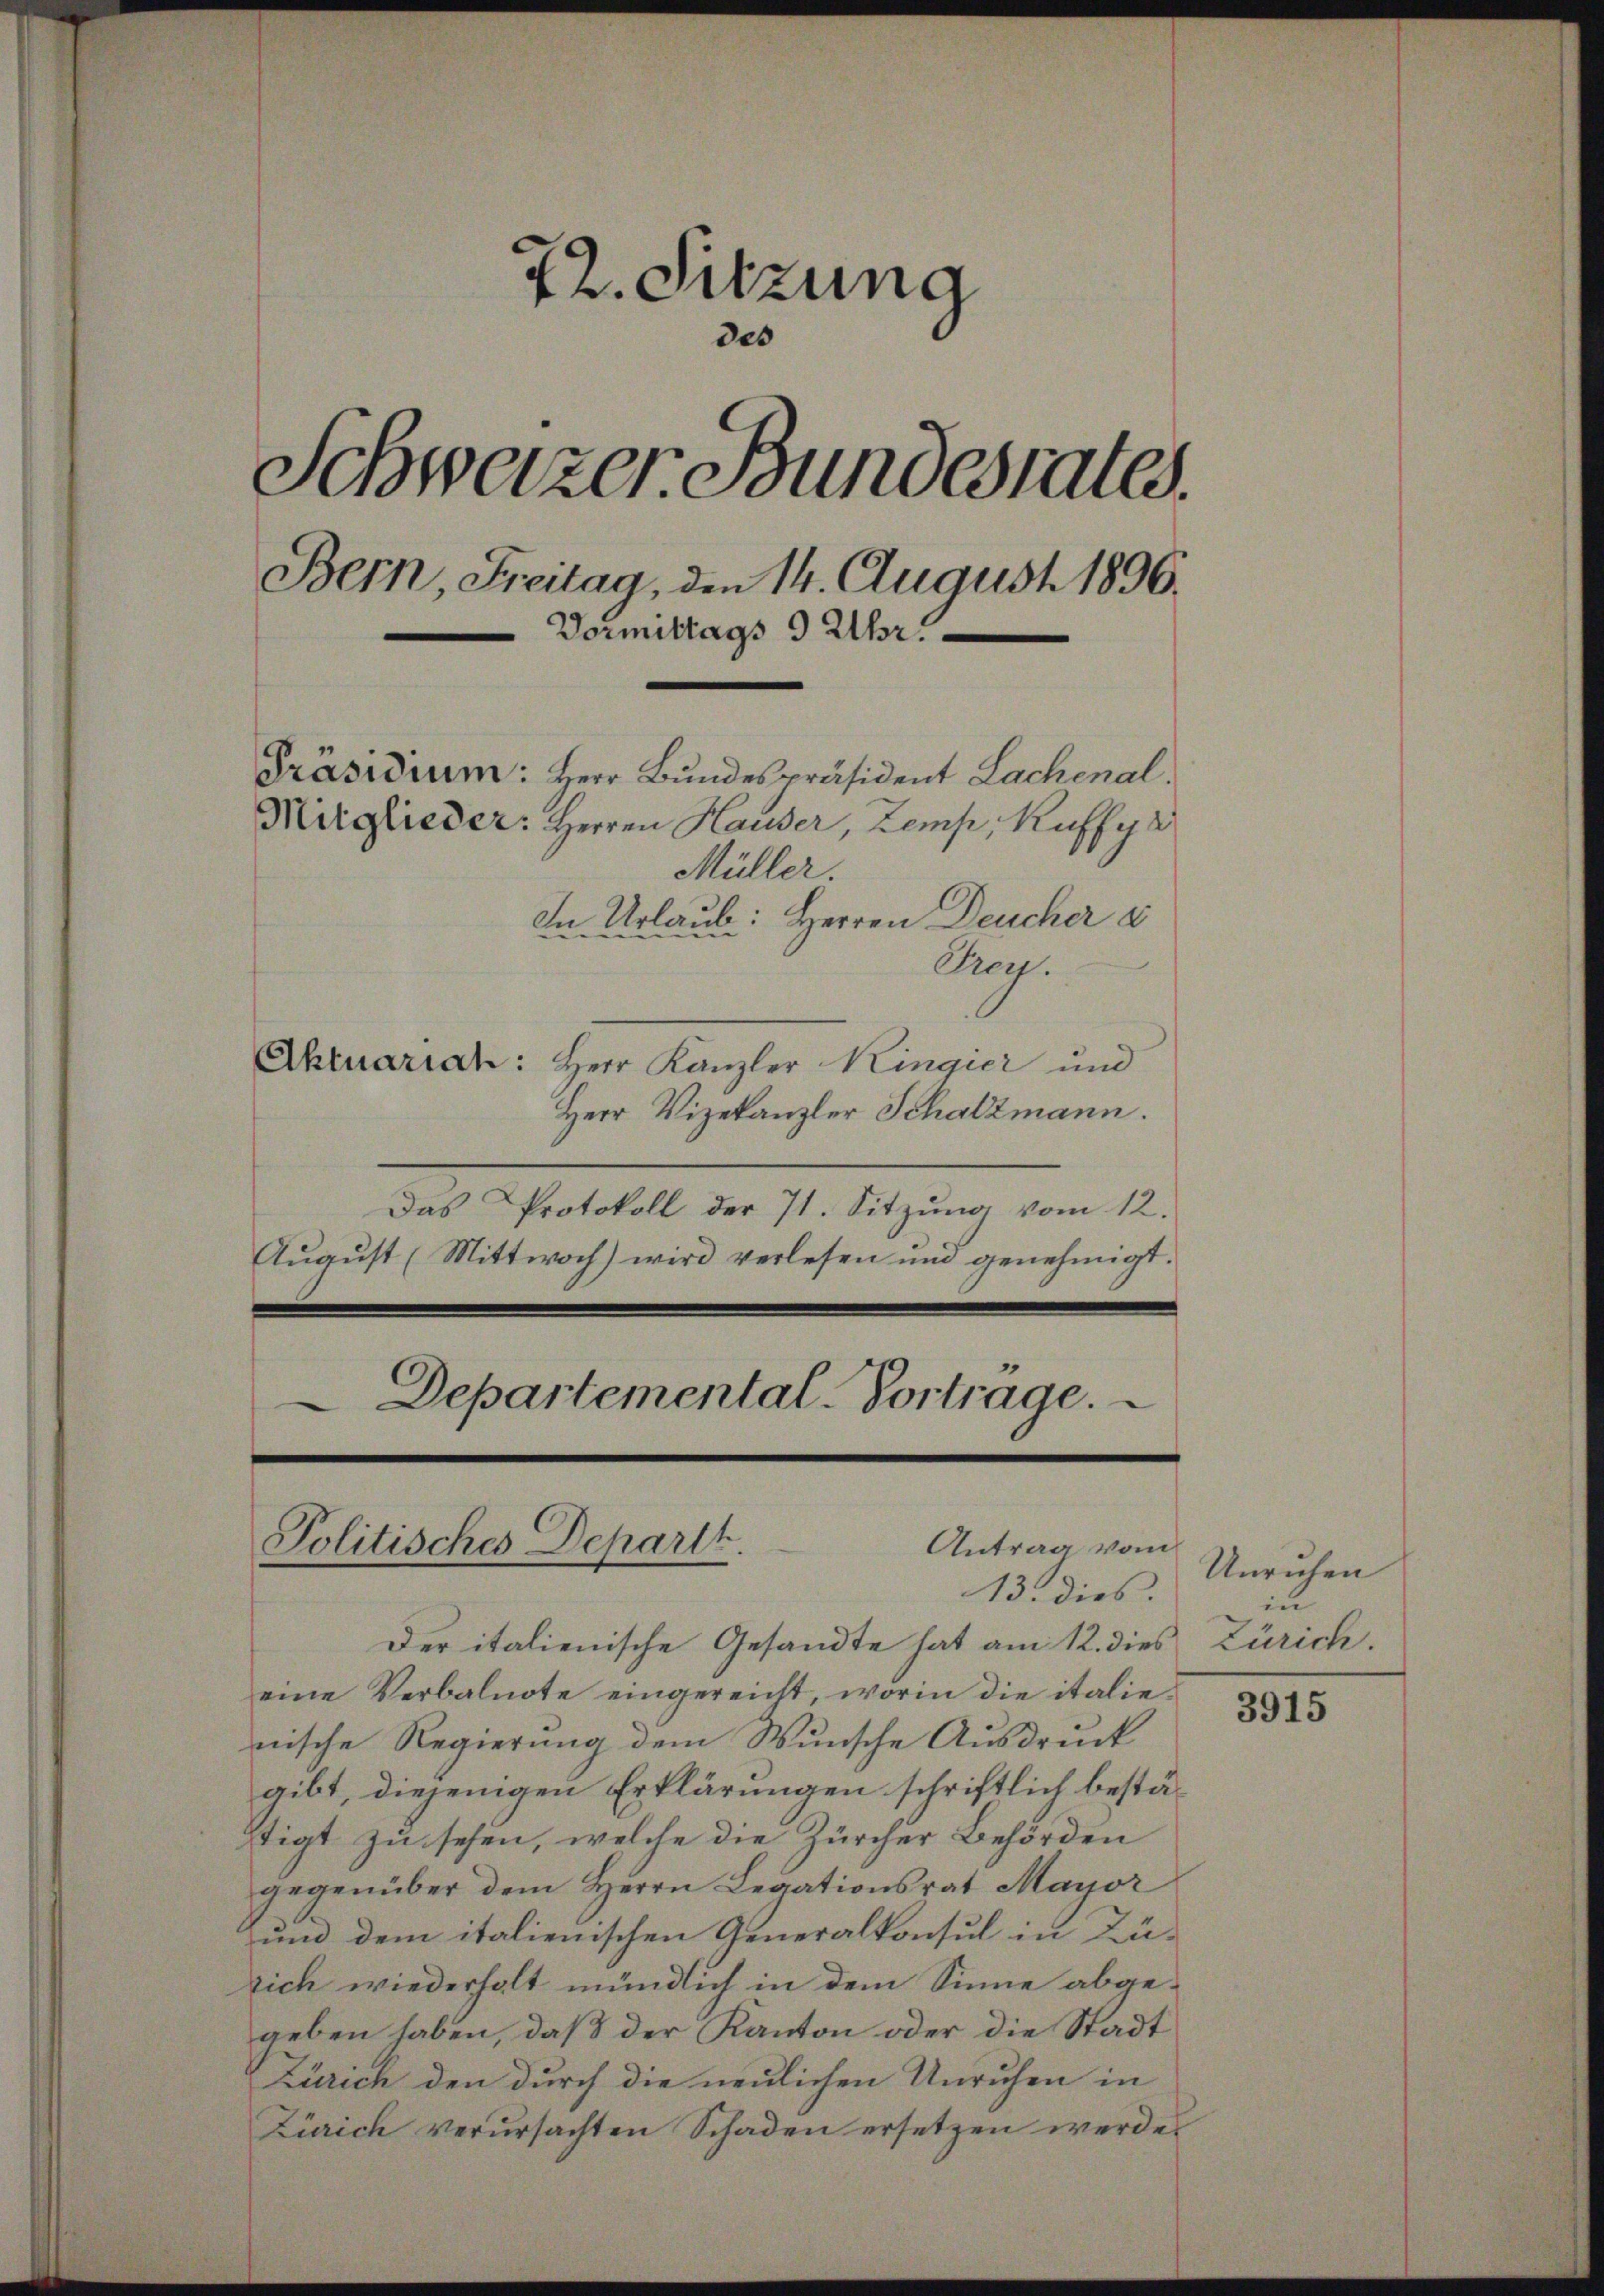
72. Sitzung
des
Schweizer Bundestates.
Bern, Freitag, den 14. August 1896.
Vormittags 9 Uhr.
Präsidium: Herr Bundespräsident Lachenal
Mitglieder: Herren Hauser, Zemp, Kuffy
Müller.
In Urlaub: Herren Deucher s
Frey.
Aktuariat: Herr Kanzler Kingici und

Herr Vizekanzler Schatzmann.
Das Protokoll der 71. Sitzung vom 12.
August (Mittwoch) wird verlesen und genehmigt.

Departemental-Vortrage.
.
Antrag vom
Politisches Departt.
13. dies.

Der italienische Gesandte hat am 12. dies
eine Verbalnote eingereicht, worin die italie-
mische Regierung dem Wunsche Ausdruck
gibt, diejenigen Erklärungen schriftlich bestästigt zu sehen, welche die Zürcher Behörden
gegenüber dem Herrn Legationsrat Mayor
und dem italienischen Generalkonsul in Züsich wiederholt mündlich in dem Sinne abgegeben haben, daß der Kanton oder die Stadt
Zürich den durch die neulichen Unruhen in
Zürich verursachten Schaden ersetzen werde.

Unruhen
in
Zürich.

3915